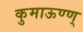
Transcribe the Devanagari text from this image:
कुमाऊण्ण्